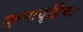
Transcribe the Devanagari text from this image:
कृपादृष्टिचा